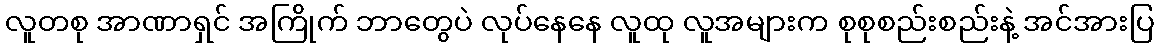
လူတစု အာဏာရှင် အကြိုက် ဘာတွေပဲ လုပ်နေနေ လူထု လူအများက စုစုစည်းစည်းနဲ့ အင်အားပြ